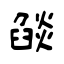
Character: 燄